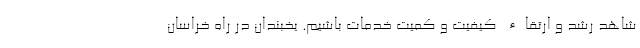
شاهد رشد و ارتقاء کیفیت و کمیت خدمات باشیم. یخبندان در راه خراسان